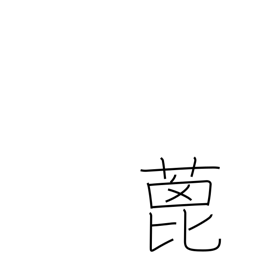
Meaning: castor-oil plant